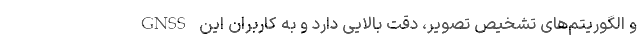
GNSS و الگوریتم‌های تشخیص تصویر، دقت بالایی دارد و به کاربران این